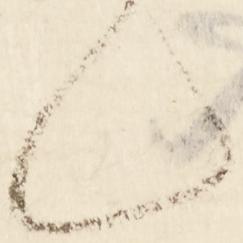
候